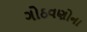
ગોઠવણોના